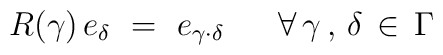
R(\gamma) \, e_\delta ~=~e_{\gamma \cdot \delta} ~~~~~\forall \,\gamma \, , \, \delta \, \in \, \Gamma